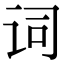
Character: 词